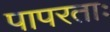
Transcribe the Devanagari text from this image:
पापरताः